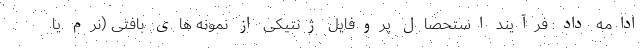
ادامه داد: فرآیند استحصال پروفایل ژنتیکی از نمونه های بافتی (نرم یا